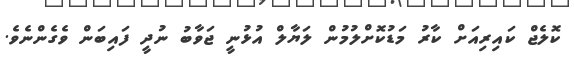
ކޮލެޖް ކައިރިއަށް ކާރު މަޑުކޮށްލުމުން ލަޔާލް އުޅުނީ ޖަވާބު ނުދީ ފައިބަން ވެގެންނެވެ.